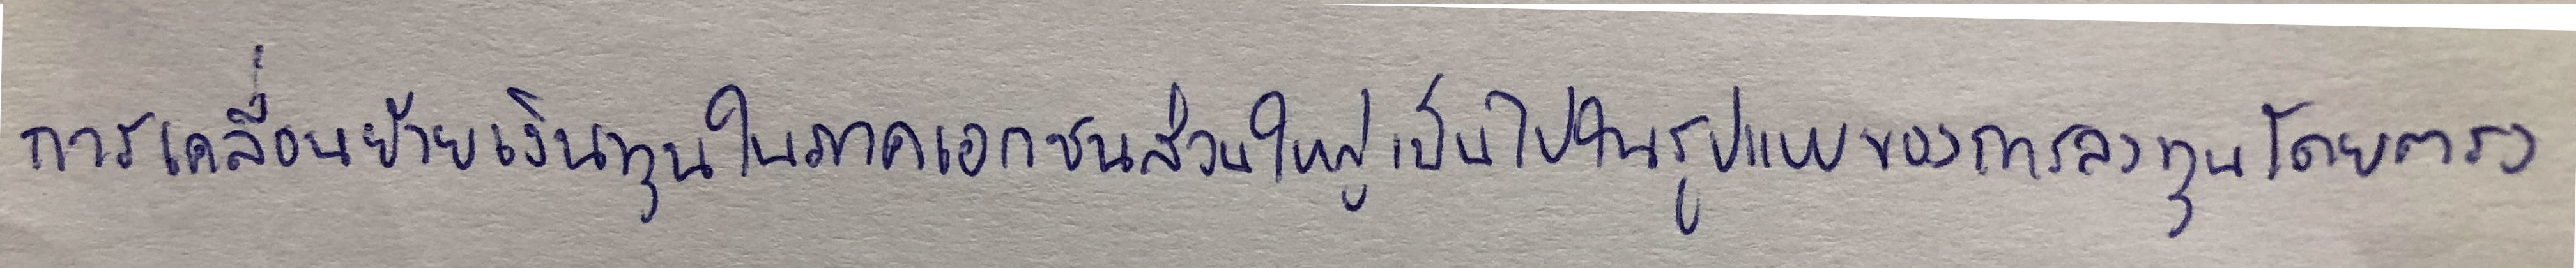
การเคลื่อนย้ายเงินทุนในภาคเอกชนส่วนใหญ่เป็นไปในรูปของการลงทุนโดยตรง